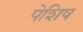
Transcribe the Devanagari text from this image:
पेशिष